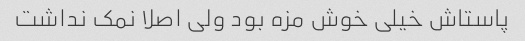
پاستاش خیلی خوش مزه بود ولی اصلا نمک نداشت